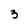
Character: 3